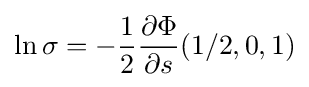
\ln \sigma =-{\frac {1}{2}}{\frac {\partial \Phi }{\partial s}}\!\left(1/2,0,1\right)